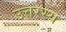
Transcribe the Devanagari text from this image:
उत्तरस्य